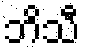
ဘိသီ